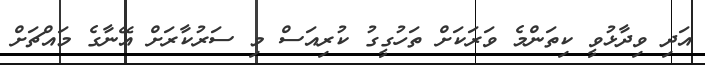
އަދި ވިދާޅުވީ ކިތަންމެ ވަރަކަށް ތަހުގީގު ކުރިއަސް މި ސަރުކާރަށް އޭނާގެ މައްޗަށް